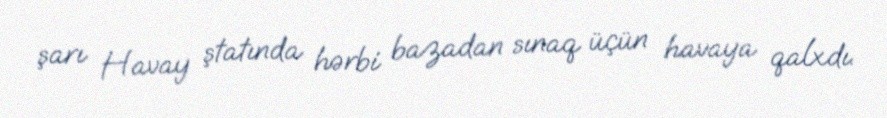
şarı Havay ştatında hərbi bazadan sınaq üçün havaya qalxdı.